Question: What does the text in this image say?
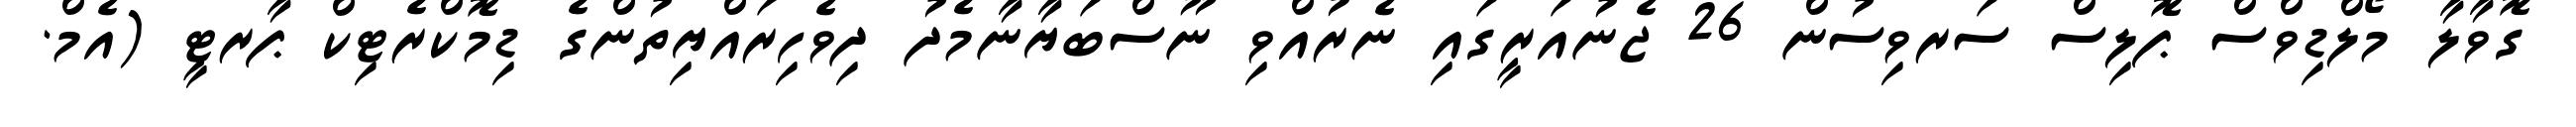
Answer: ގޮވާލާ މޯލްޑިވްސް ޕޮލިސް ސަރވިސުން 26 ޖެނުއަރީގައި ނެރުއްވި ނޫސްބަޔާނާމެދު ދިވެހިރައްޔިތުންގެ ޑިމޮކްރެޓިކް ޕާރޓީ (އެމް.